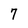
Character: 7